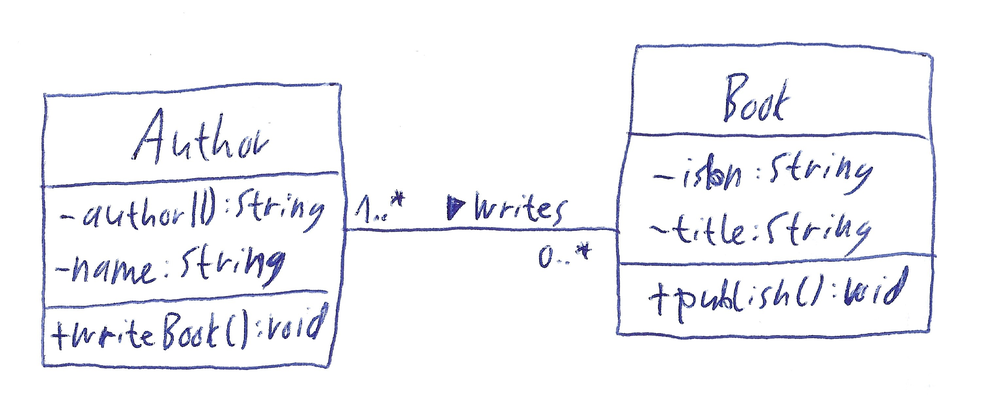
Diagram type: class_diagram
```plantuml
@startuml

class Author {
  - authorID: String
  - name: String
  + writeBook(): void
}

class Book {
  - isbn: String
  - title: String
  + publish(): void
}

Author "1..*" -- "0..*" Book : writes >

@enduml
```